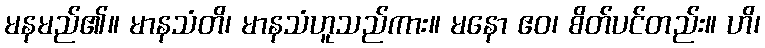
မနမည်၏။ မာနသံတိ၊ မာနသံဟူသည်ကား။ မနော ဧဝ၊ စိတ်ပင်တည်း။ ဟိ၊